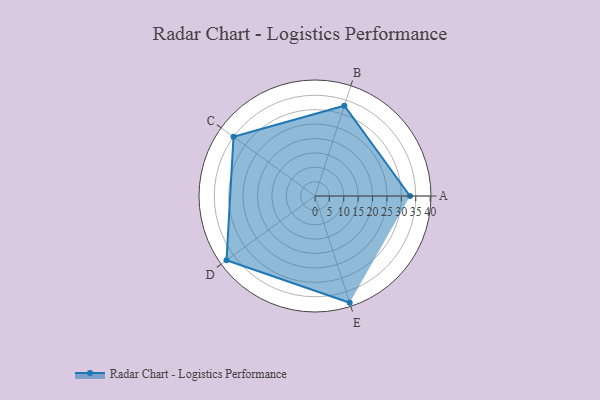
{"axis": {"x": "Skill", "y": "Score"}, "legend": ["Profile"], "data": [{"x": "A", "y": 33.0, "type": "Profile"}, {"x": "B", "y": 33.0, "type": "Profile"}, {"x": "C", "y": 35.0, "type": "Profile"}, {"x": "D", "y": 38.0, "type": "Profile"}, {"x": "E", "y": 39.0, "type": "Profile"}]}